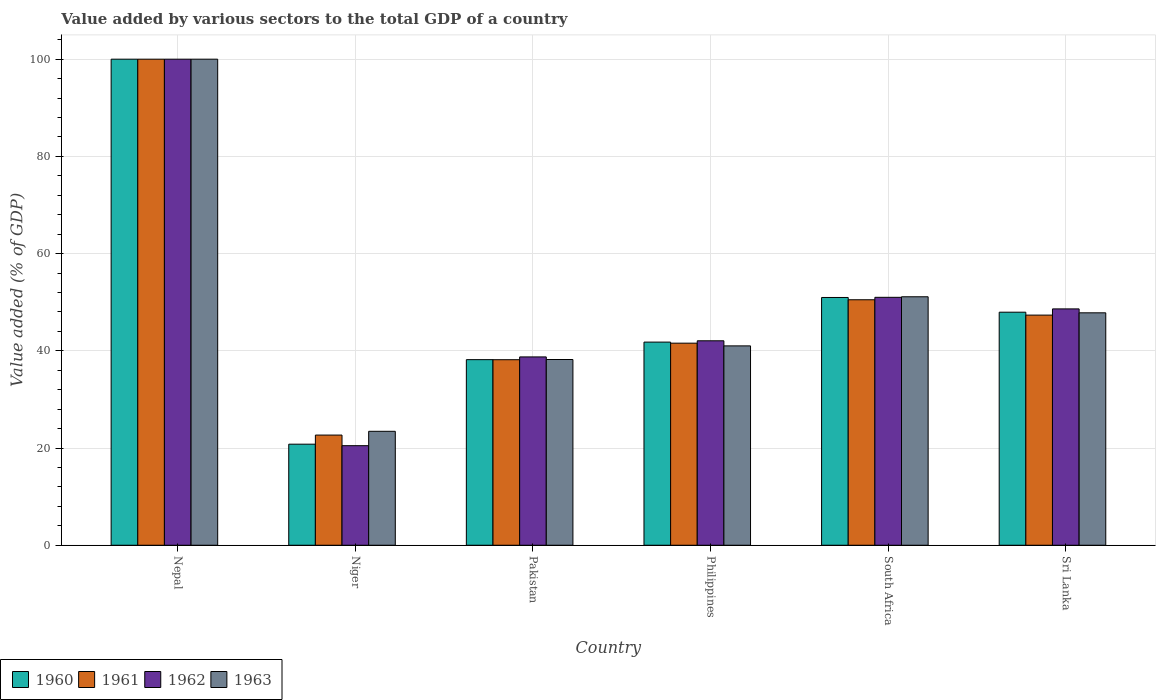
| Country | 1960 | 1961 | 1962 | 1963 |
 | --- | --- | --- | --- | --- |
 | Nepal | 100 | 100 | 100 | 100 |
 | Niger | 20.8 | 22.7 | 20.5 | 23.4 |
 | Pakistan | 38.2 | 38.2 | 38.7 | 38.2 |
 | Philippines | 41.8 | 41.6 | 42.1 | 41 |
 | South Africa | 51 | 50.5 | 51 | 51.1 |
 | Sri Lanka | 47.9 | 47.3 | 48.6 | 47.8 |